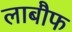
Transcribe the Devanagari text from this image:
लाबौफ